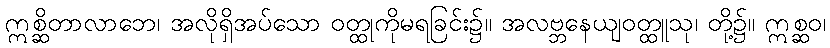
ဣစ္ဆိတာလာဘေ၊ အလိုရှိအပ်သော ဝတ္ထုကိုမရခြင်း၌။ အလဗ္ဘနေယျဝတ္ထူသု၊ တို့၌။ ဣစ္ဆဝ၊